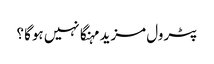
پٹرول مزید مہنگا نہیں ہوگا ؟